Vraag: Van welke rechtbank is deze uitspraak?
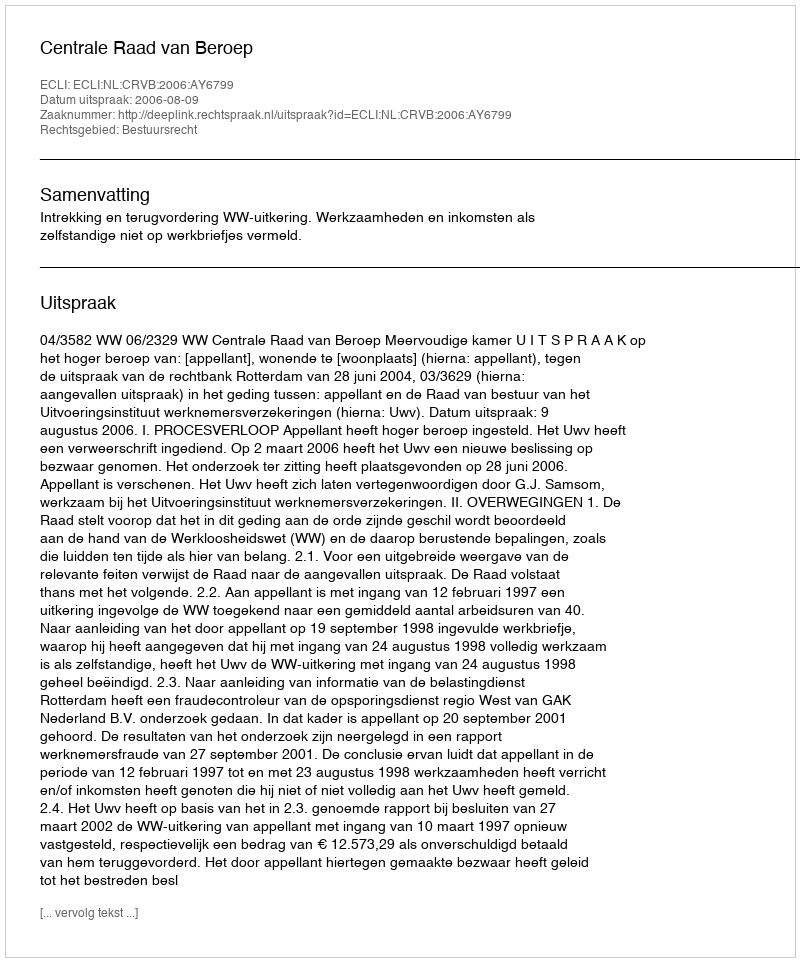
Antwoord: Centrale Raad van Beroep